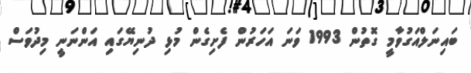
ބައިނަލްއަގުވާމީ ގޮތުން 1993 ވަނަ އަހަރުން ފެށިގެން މުޅި ދުނިޔޭގައި އަންނަނީ މިދުވަސް